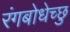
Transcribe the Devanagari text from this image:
रंगबोधेच्छु